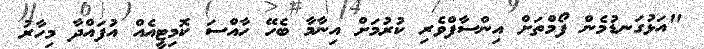
"އަޅުގަނޑުމެން ފޯމްތަށް އިންސާފްވެރި ކުރުމަށް އިނާމާ ބެހޭ ހާއްސަ ކޮމިޓީއެއް އުފައްދާ މިހާރު